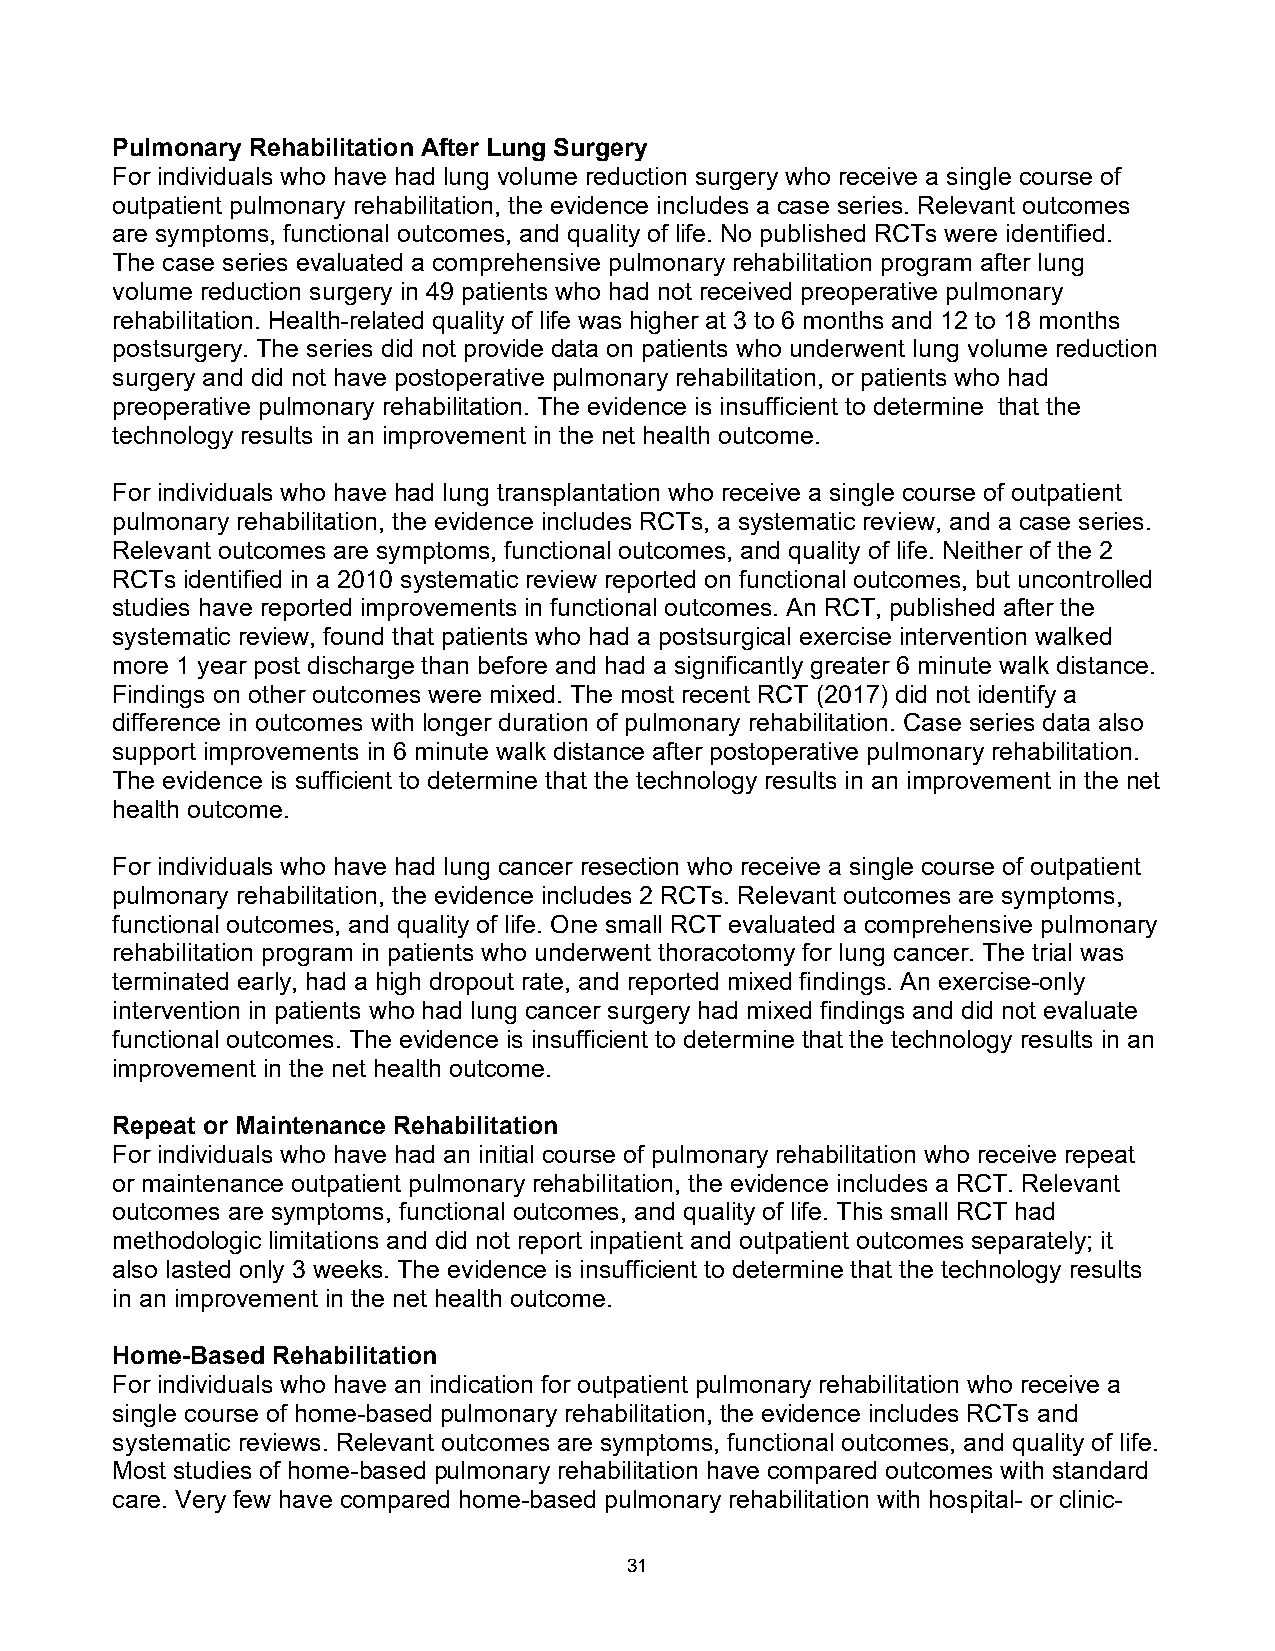
Pulmonary Rehabilitation After Lung Surgery
 For individuals who have had lung volume reduction surgery who receive a single course of
 outpatient pulmonary rehabilitation, the evidence includes a case series. Relevant outcomes
 are symptoms, functional outcomes, and quality of life. No published RCTs were identified.
 The case series evaluated a comprehensive pulmonary rehabilitation program after lung
 volume reduction surgery in 49 patients who had not received preoperative pulmonary
 rehabilitation. Health-related quality of life was higher at 3 to 6 months and 12 to 18 months
 postsurgery. The series did not provide data on patients who underwent lung volume reduction
 surgery and did not have postoperative pulmonary rehabilitation, or patients who had
 preoperative pulmonary rehabilitation. The evidence is insufficient to determine that the
 technology results in an improvement in the net health outcome.
 For individuals who have had lung transplantation who receive a single course of outpatient
 pulmonary rehabilitation, the evidence includes RCTs, a systematic review, and a case series.
 Relevant outcomes are symptoms, functional outcomes, and quality of life. Neither of the 2
 RCTs identified in a 2010 systematic review reported on functional outcomes, but uncontrolled
 studies have reported improvements in functional outcomes. An RCT, published after the
 systematic review, found that patients who had a postsurgical exercise intervention walked
 more 1 year post discharge than before and had a significantly greater 6 minute walk distance.
 Findings on other outcomes were mixed. The most recent RCT (2017) did not identify a
 difference in outcomes with longer duration of pulmonary rehabilitation. Case series data also
 support improvements in 6 minute walk distance after postoperative pulmonary rehabilitation.
 The evidence is sufficient to determine that the technology results in an improvement in the net
 health outcome.
 For individuals who have had lung cancer resection who receive a single course of outpatient
 pulmonary rehabilitation, the evidence includes 2 RCTs. Relevant outcomes are symptoms,
 functional outcomes, and quality of life. One small RCT evaluated a comprehensive pulmonary
 rehabilitation program in patients who underwent thoracotomy for lung cancer. The trial was
 terminated early, had a high dropout rate, and reported mixed findings. An exercise-only
 intervention in patients who had lung cancer surgery had mixed findings and did not evaluate
 functional outcomes. The evidence is insufficient to determine that the technology results in an
 improvement in the net health outcome.
 Repeat or Maintenance Rehabilitation
 For individuals who have had an initial course of pulmonary rehabilitation who receive repeat
 or maintenance outpatient pulmonary rehabilitation, the evidence includes a RCT. Relevant
 outcomes are symptoms, functional outcomes, and quality of life. This small RCT had
 methodologic limitations and did not report inpatient and outpatient outcomes separately; it
 also lasted only 3 weeks. The evidence is insufficient to determine that the technology results
 in an improvement in the net health outcome.
 Home-Based Rehabilitation
 For individuals who have an indication for outpatient pulmonary rehabilitation who receive a
 single course of home-based pulmonary rehabilitation, the evidence includes RCTs and
 systematic reviews. Relevant outcomes are symptoms, functional outcomes, and quality of life.
 Most studies of home-based pulmonary rehabilitation have compared outcomes with standard
 care. Very few have compared home-based pulmonary rehabilitation with hospital- or clinic-
 31